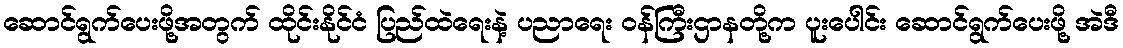
ဆောင်ရွက်ပေးဖို့အတွက် ထိုင်းနိုင်ငံ ပြည်ထဲရေးနဲ့ ပညာရေး ဝန်ကြီးဌာနတို့က ပူးပေါင်း ဆောင်ရွက်ပေးဖို့ အဲဒီ